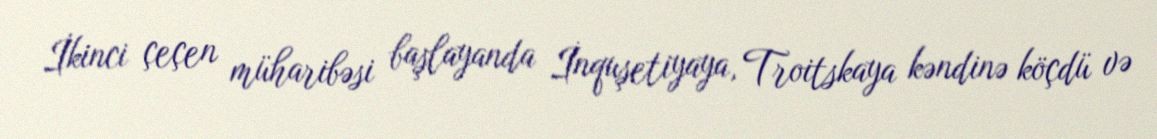
İkinci çeçen müharibəsi başlayanda İnquşetiyaya, Troitskaya kəndinə köçdü və